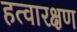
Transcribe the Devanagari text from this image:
हत्वारक्षण